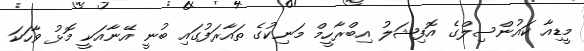
މީޑިއާ ކައުންސިލްގެ އޮފިޝަލު އިބްރާހީމް މަނިކުގެ ތައާރަފުގައި ބުނީ އޭނާއަކީ މޮޅު ވާހަކަ